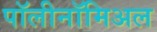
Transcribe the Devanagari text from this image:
पॉलीनॉमिअल